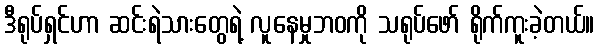
ဒီရုပ်ရှင်ဟာ ဆင်းရဲသားတွေရဲ့ လူနေမှုဘဝကို သရုပ်ဖော် ရိုက်ကူးခဲ့တယ်။